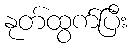
နုတ်ထွက်ပြီး